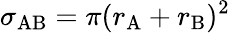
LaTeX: \sigma_{\mathrm{AB}}=\pi(r_{\mathrm{A}}+r_{\mathrm{B}})^{2}